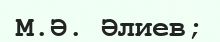
М.Ә. Әлиев;